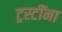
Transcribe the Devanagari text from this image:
ट्रस्टींना